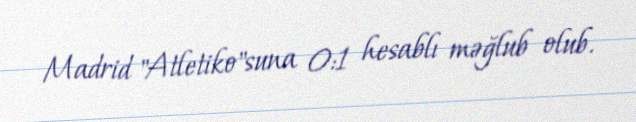
Madrid "Atletiko"suna 0:1 hesablı məğlub olub.